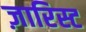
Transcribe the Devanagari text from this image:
ज़ारिस्ट